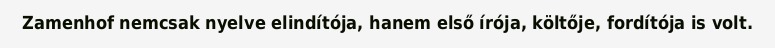
Zamenhof nemcsak nyelve elindítója, hanem első írója, költője, fordítója is volt.